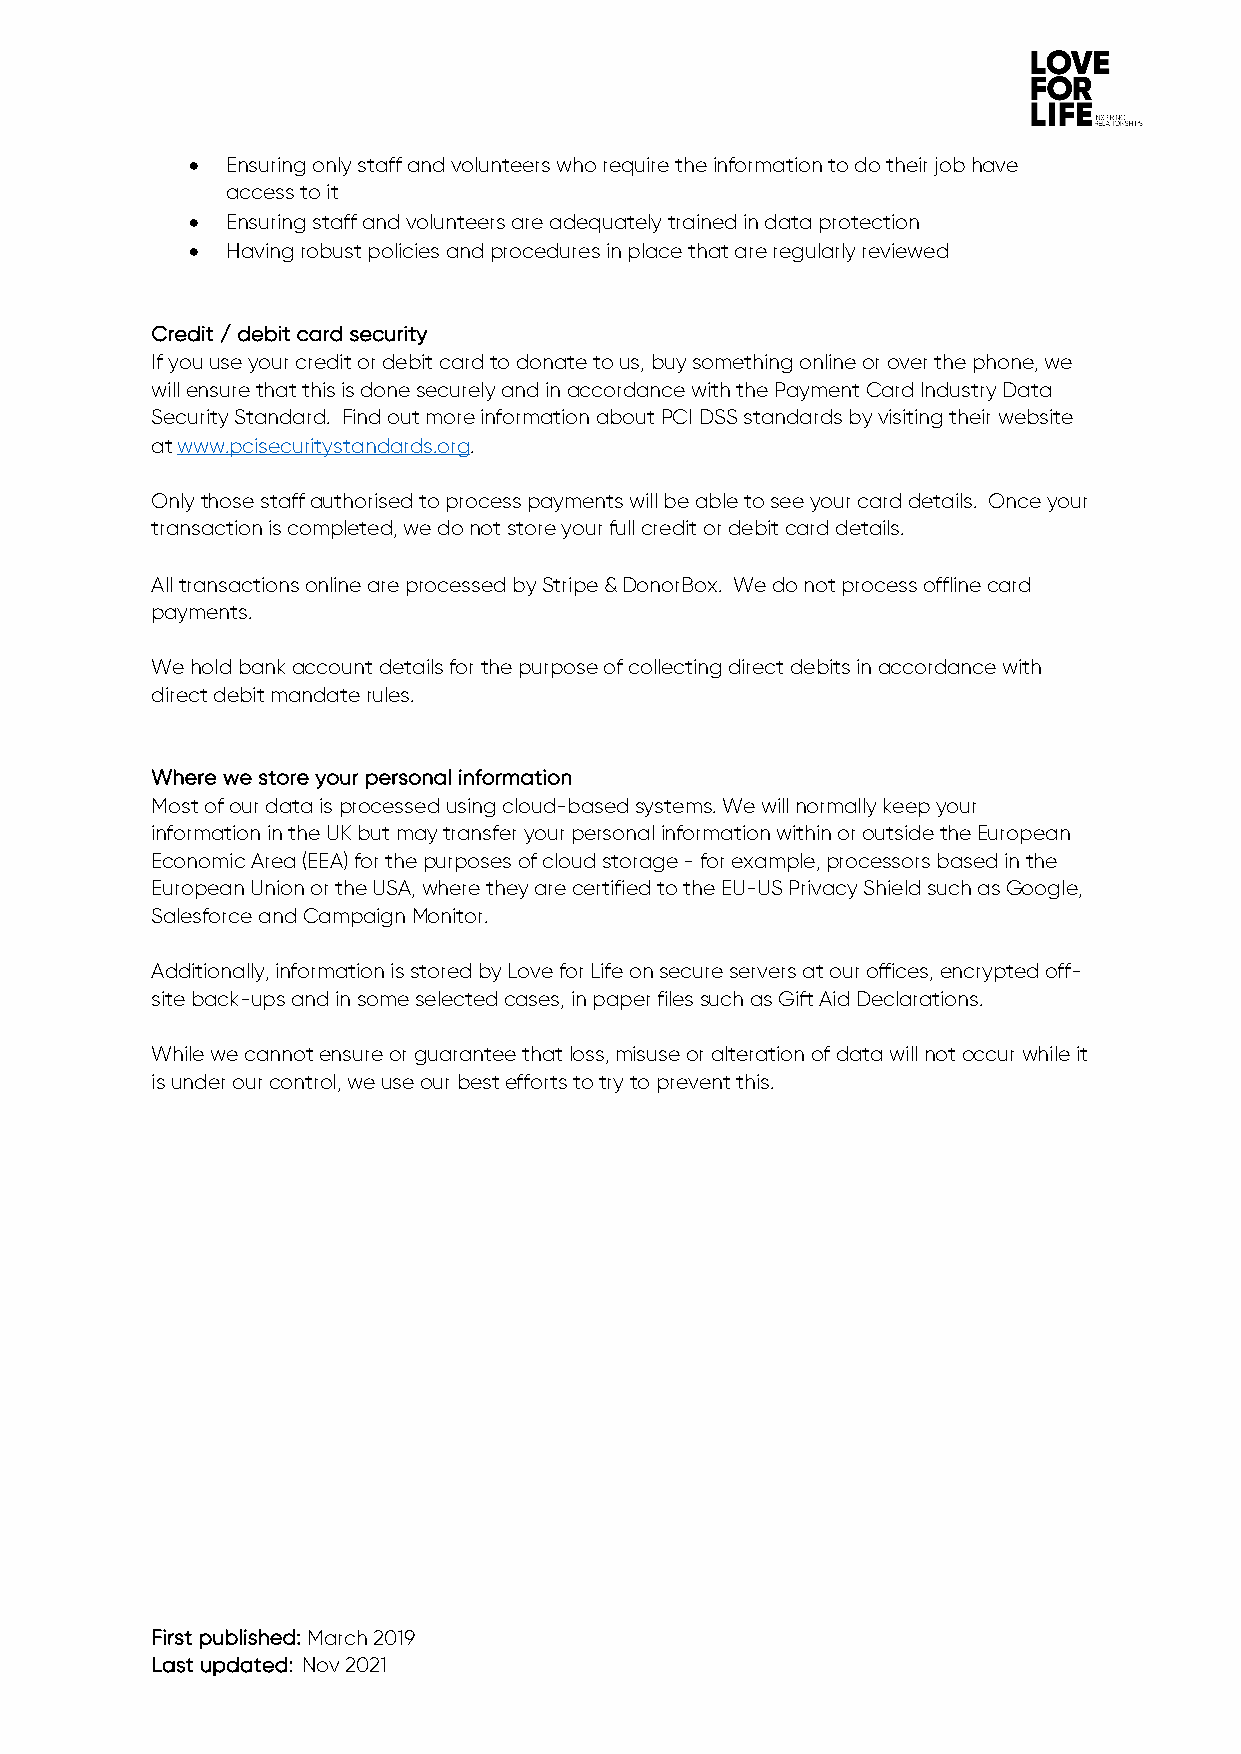
• Ensuring only staff and volunteers who require the information to do their job have
 access to it
 • Ensuring staff and volunteers are adequately trained in data protection
 • Having robust policies and procedures in place that are regularly reviewed
 Credit / debit card security
 If you use your credit or debit card to donate to us, buy something online or over the phone, we
 will ensure that this is done securely and in accordance with the Payment Card Industry Data
 Security Standard. Find out more information about PCI DSS standards by visiting their website
 at www.pcisecuritystandards.org.
 Only those staff authorised to process payments will be able to see your card details. Once your
 transaction is completed, we do not store your full credit or debit card details.
 All transactions online are processed by Stripe & DonorBox. We do not process offline card
 payments.
 We hold bank account details for the purpose of collecting direct debits in accordance with
 direct debit mandate rules.
 Where we store your personal information
 Most of our data is processed using cloud-based systems. We will normally keep your
 information in the UK but may transfer your personal information within or outside the European
 Economic Area (EEA) for the purposes of cloud storage - for example, processors based in the
 European Union or the USA, where they are certified to the EU-US Privacy Shield such as Google,
 Salesforce and Campaign Monitor.
 Additionally, information is stored by Love for Life on secure servers at our offices, encrypted off-
 site back-ups and in some selected cases, in paper files such as Gift Aid Declarations.
 While we cannot ensure or guarantee that loss, misuse or alteration of data will not occur while it
 is under our control, we use our best efforts to try to prevent this.
 First published: March 2019
 Last updated: Nov 2021